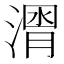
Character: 𱨒